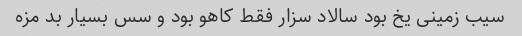
سیب زمینی یخ بود سالاد سزار فقط کاهو بود و سس بسیار بد مزه